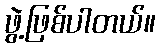
ဖွဲ့ဖြစ်ပါတယ်။